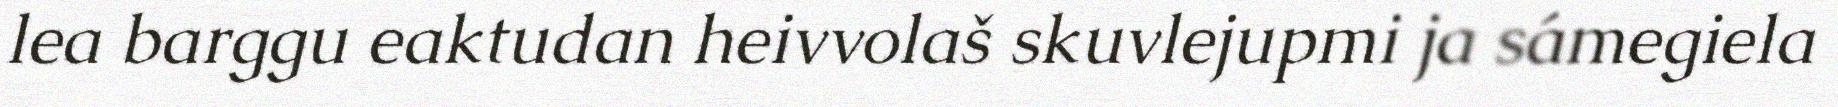
lea barggu eaktudan heivvolaš skuvlejupmi ja sámegiela